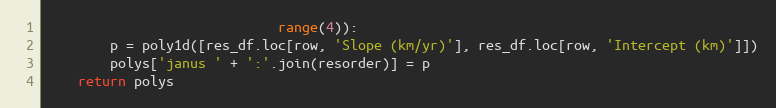
Language: Python
                             range(4)):
        p = poly1d([res_df.loc[row, 'Slope (km/yr)'], res_df.loc[row, 'Intercept (km)']])
        polys['janus ' + ':'.join(resorder)] = p
    return polys